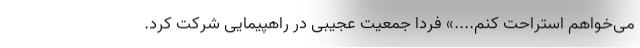
می‌خواهم استراحت کنم....» فردا جمعیت عجیبی در راهپیمایی شرکت کرد.